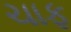
ચાફ